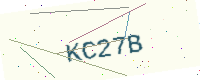
Text: KC27B